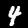
Label: 4